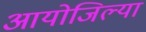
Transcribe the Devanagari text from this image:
आयोजिल्या